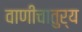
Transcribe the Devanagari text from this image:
वाणीचातुर्य